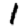
Digit: 1